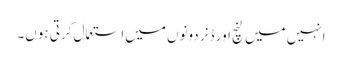
انہیں میں لنچ اور ڈنر دونوں میں استعمال کرتی ہوں۔